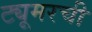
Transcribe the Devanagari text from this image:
ट्यूमरची